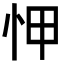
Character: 𢘉